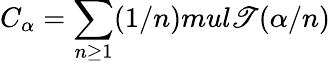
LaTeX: C_{\alpha}=\sum_{n\geq1}(1/n)mul\mathscr{T}(\alpha/n)